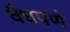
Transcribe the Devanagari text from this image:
वैधपणे